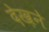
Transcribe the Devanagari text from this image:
देख़ने